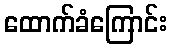
ထောက်ခံကြောင်း